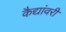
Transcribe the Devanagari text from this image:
कैद्यांवरी